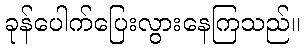
ခုန်ပေါက်ပြေးလွားနေကြသည်။